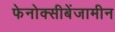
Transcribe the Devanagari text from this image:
फेनोक्सीबेंजामीन